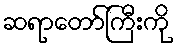
ဆရာတော်ကြီးကို